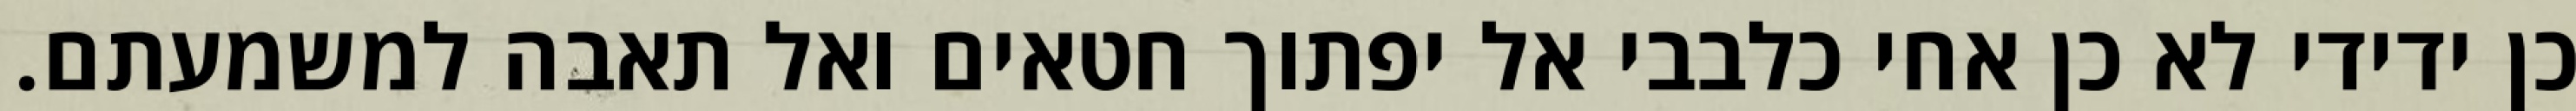
כן ידידי לא כן אחי כלבבי אל יפתוך חטאים ואל תאבה למשמעתם.